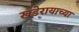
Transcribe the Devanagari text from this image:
खंडेरायाच्या